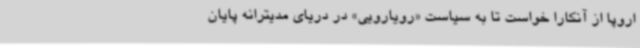
اروپا از آنکارا خواست تا به سیاست «رویارویی» در دریای مدیترانه پایان